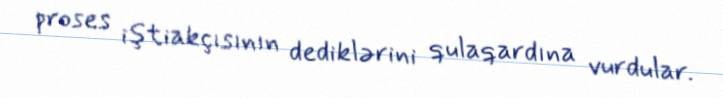
proses iştiakçısının dediklərini qulaqardına vurdular.